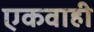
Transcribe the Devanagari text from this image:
एकवाही